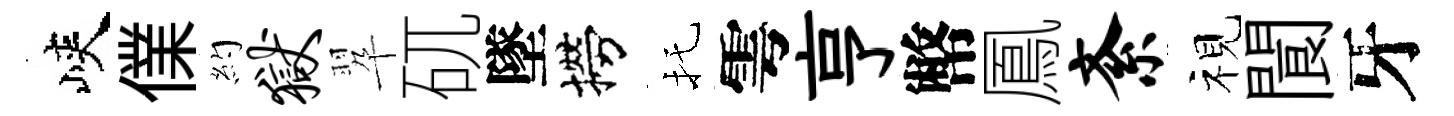
峽㒒約狱翆矹墜撈托雩亨幣鳳紊视閬牙